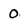
Character: 0